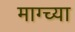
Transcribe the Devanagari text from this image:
माग्च्या